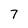
Character: 7